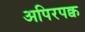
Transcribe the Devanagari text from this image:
अपिरपक्व